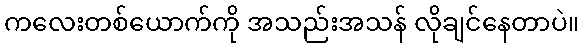
ကလေးတစ်ယောက်ကို အသည်းအသန် လိုချင်နေတာပဲ။